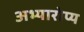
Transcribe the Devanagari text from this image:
अभ्यारोप्य